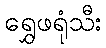
ရွှေဖရုံသီး